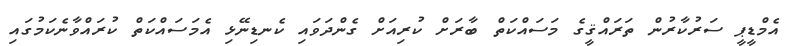
އެމްޑީޕީ ސަރުކާރުން ތަރައްޤީގެ މަސައްކަތް ބާރަށް ކުރިއަށް ގެންދަވައި ކެނޑިނޭޅި އެމަސައްކަތް ކުރައްވާނެކަމުގައި